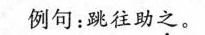
例句：跳往助之。